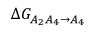
\Delta G _ { A _ { 2 } A _ { 4 } \rightarrow A _ { 4 } }